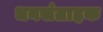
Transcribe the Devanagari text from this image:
धनसंग्राहक